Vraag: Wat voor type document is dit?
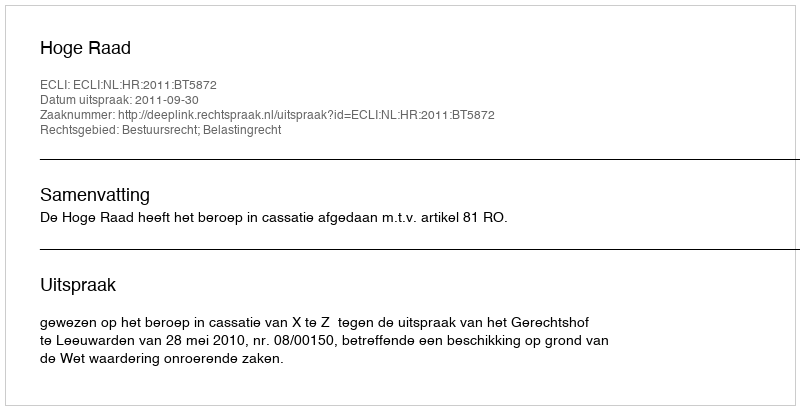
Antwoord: Uitspraak